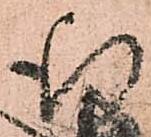
行